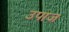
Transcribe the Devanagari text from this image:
उपाज